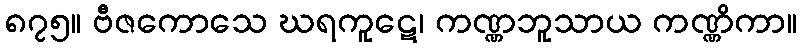
၈၇၅။ ဗီဇကောသေ ဃရကူဋေ၊ ကဏ္ဏဘူသာယ ကဏ္ဏိကာ။